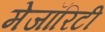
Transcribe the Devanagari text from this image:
मेजॉरिटी